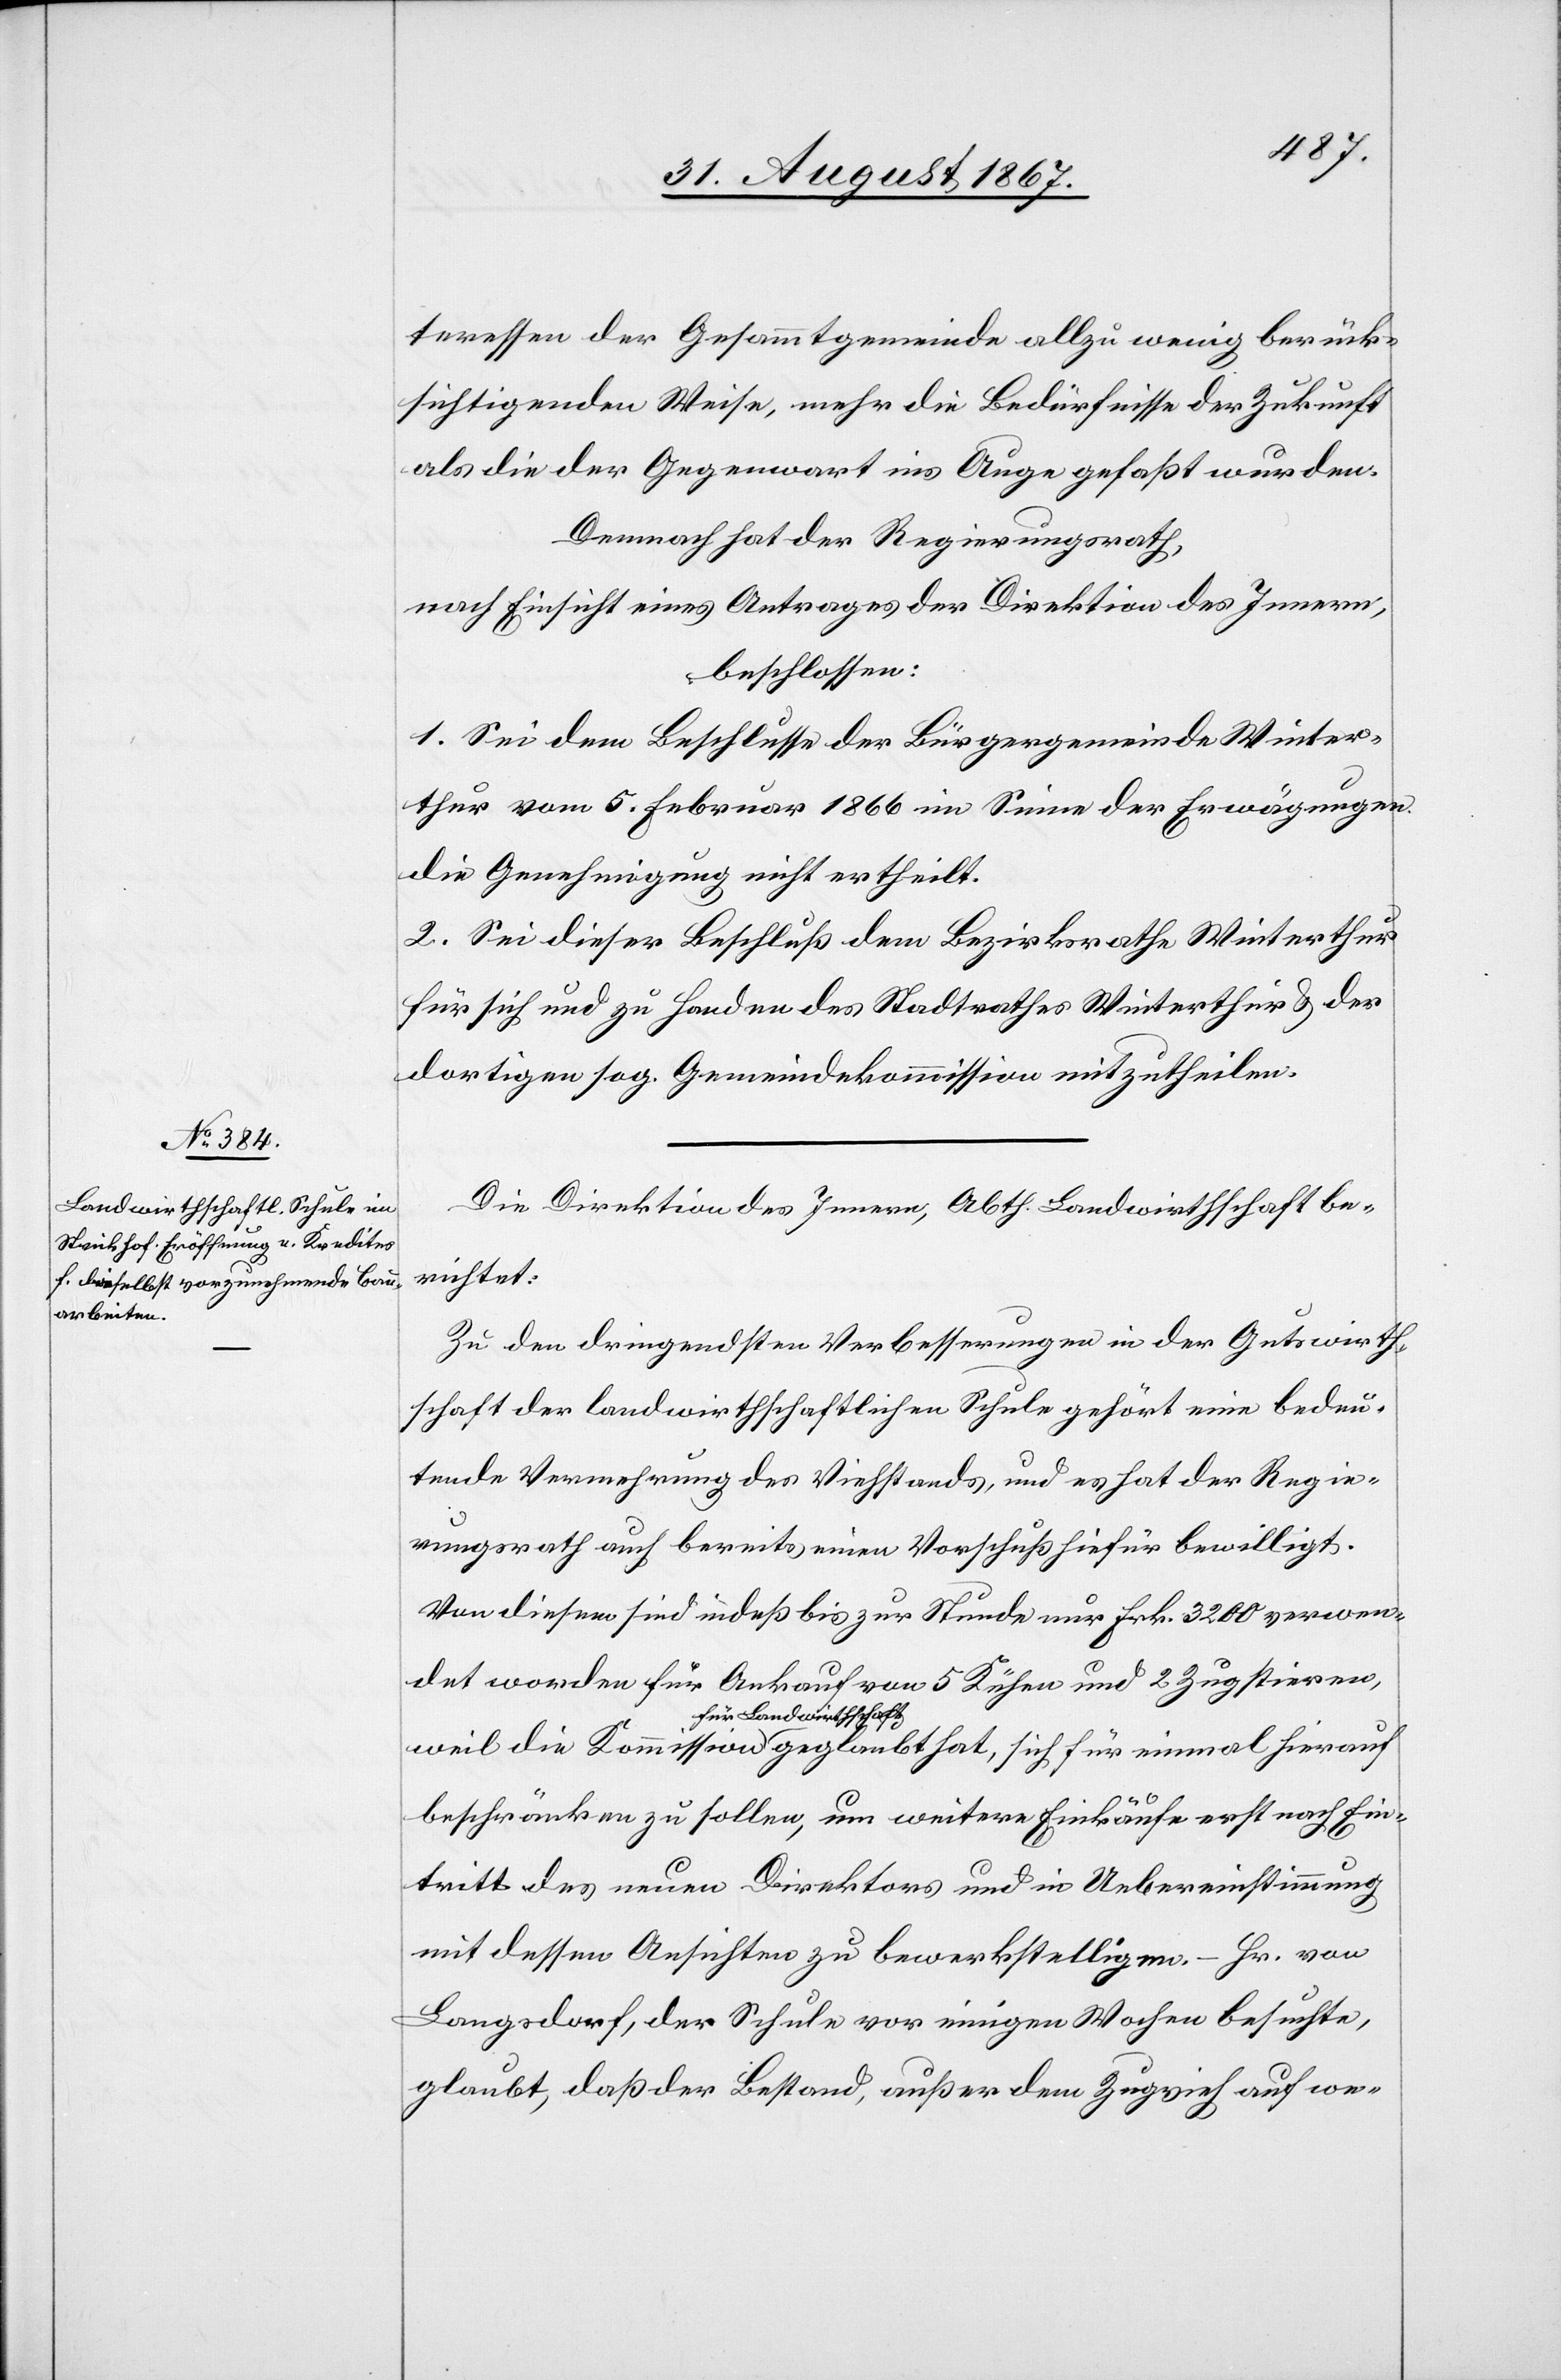
Die Direktion des Innern, Abth. Landwirthschaft be¬
richtet:
Zu den dringendsten Verbesserungen in der Gutswirth¬
schaft der landwirthschaftlischen Schule gehört eine bedeu¬
tende Vermehrung des Viehstandes, und es hat der Regie¬
rungsrath auch bereits einen Vorschuß hiefür bewilligt.
Von diesem sind indeß bis zur Stunde nur Frk. 3200 verwen¬
det worden für Ankauf von 5 Kühen und 2 Zugthieren,
für Landwirthschaft
beschränken zu sollen, um weitere Einkäufe erst nach Ein¬
tritt des neuen Direktors und in Uebereinstimmung
mit dessen Ansichten zu bewerkstelligen, – Hr. von
Langsdorf, der [die] Schule vor einigen Wochen besuchte,
glaubt, daß der Bestand, außer dem Zugvieh auf we-